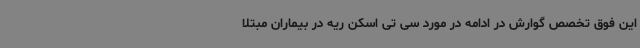
این فوق تخصص گوارش در ادامه در مورد سی تی اسکن ریه در بیماران مبتلا